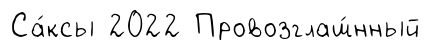
Са́ксы 2022 Провозглаш́нный